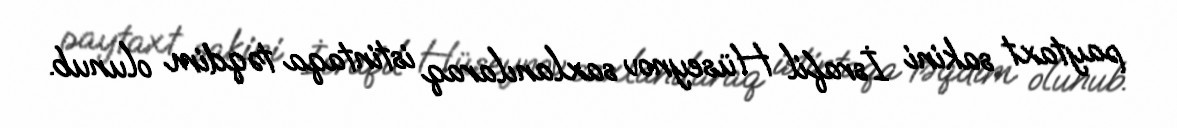
paytaxt sakini İsrafil Hüseynov saxlanılaraq istintaqa təqdim olunub.